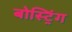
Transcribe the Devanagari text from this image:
बोस्ट्रिंग